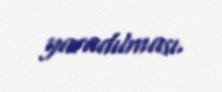
yaradılması.